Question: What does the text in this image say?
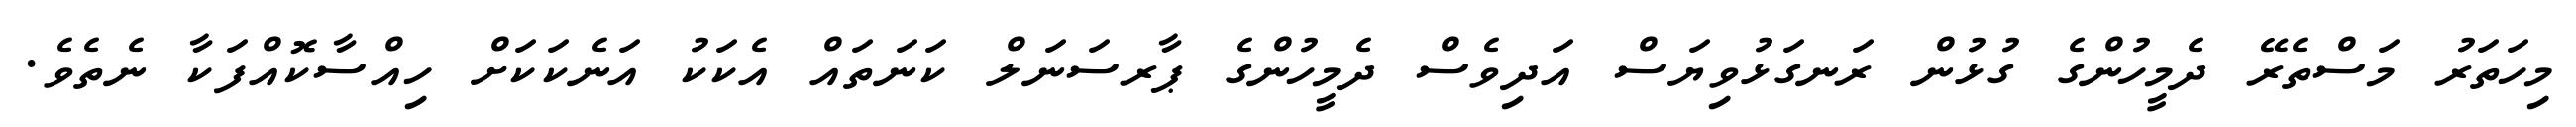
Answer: މިހަތަރު މަސްތެރޭ ދެމީހުންގެ ގުޅުން ރަނގަޅުވިޔަސް އަދިވެސް ދެމީހުންގެ ޕާރސަނަލް ކަނަތައް އެކަކު އަނެކަކަށް ހިއްސާކޮއްފަކާ ނެތެވެ.